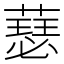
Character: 𫉝